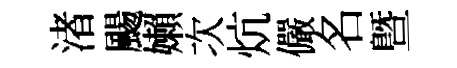
渚颺嬾次炕儼名暨